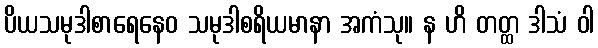
ပိယသမုဒါစာရေနေဝ သမုဒါစရိယမာနာ အကံသု။ န ဟိ တတ္ထ ဒါသံ ဝါ